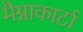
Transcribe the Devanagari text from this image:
मैग्नाकार्टा